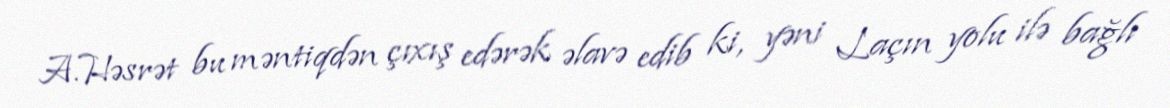
A.Həsrət bu məntiqdən çıxış edərək əlavə edib ki, yəni Laçın yolu ilə bağlı